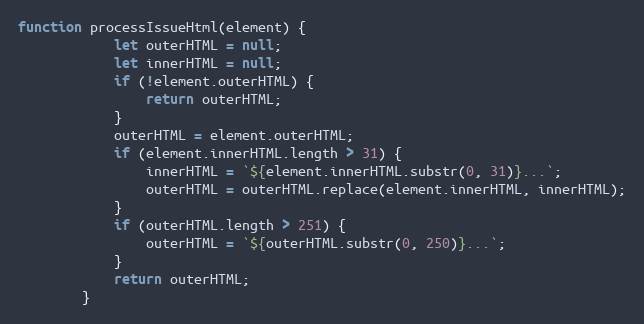
Language: JavaScript
function processIssueHtml(element) {
			let outerHTML = null;
			let innerHTML = null;
			if (!element.outerHTML) {
				return outerHTML;
			}
			outerHTML = element.outerHTML;
			if (element.innerHTML.length > 31) {
				innerHTML = `${element.innerHTML.substr(0, 31)}...`;
				outerHTML = outerHTML.replace(element.innerHTML, innerHTML);
			}
			if (outerHTML.length > 251) {
				outerHTML = `${outerHTML.substr(0, 250)}...`;
			}
			return outerHTML;
		}